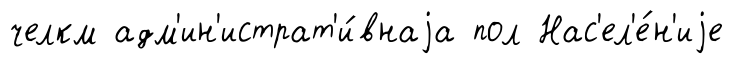
челкм адм'ин'истрат'и́внаjа пол Нас'ел'е́н'иjе